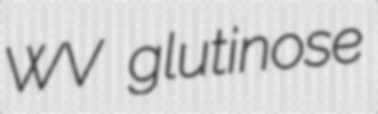
WV glutinose